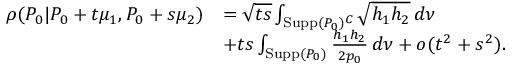
\begin{array} { r l } { \rho ( P _ { 0 } | P _ { 0 } + t \mu _ { 1 } , P _ { 0 } + s \mu _ { 2 } ) } & { = \sqrt { t s } \int _ { \mathrm { S u p p } ( P _ { 0 } ) ^ { C } } \sqrt { h _ { 1 } h _ { 2 } } \, d \nu } \\ & { + t s \int _ { \mathrm { S u p p } ( P _ { 0 } ) } \frac { h _ { 1 } h _ { 2 } } { 2 p _ { 0 } } \, d \nu + o ( t ^ { 2 } + s ^ { 2 } ) . } \end{array}